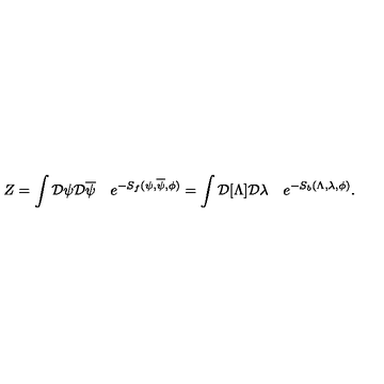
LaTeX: Z = \int { \cal D } \psi { \cal D } \overline { \psi } \quad e ^ { - S _ { f } ( \psi , \overline { \psi } , \phi ) } = \int { \cal D } [ \Lambda ] { \cal D } \lambda \quad e ^ { - S _ { b } ( \Lambda , \lambda , \phi ) } .